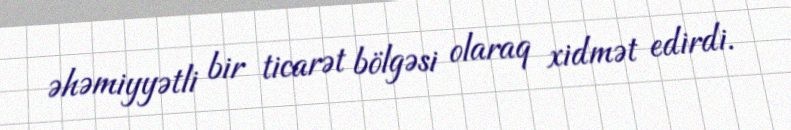
əhəmiyyətli bir ticarət bölgəsi olaraq xidmət edirdi.